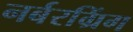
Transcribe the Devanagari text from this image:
नर्बरग्रिंग